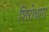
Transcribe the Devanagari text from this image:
शिरोधारा